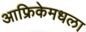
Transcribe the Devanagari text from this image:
आफ्रिकेमधला